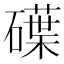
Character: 𥖢